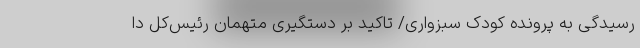
رسیدگی به پرونده کودک سبزواری/ تاکید بر دستگیری متهمان رئیس‌کل دا